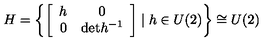
H = \left\{ \left[ \begin{array} { c c } { h } & { 0 } \\ { 0 } & { \mathrm { d e t } h ^ { - 1 } } \\ \end{array} \right] \mid { h } \in { U } ( 2 ) \right\} \cong U ( 2 )